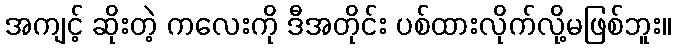
အကျင့် ဆိုးတဲ့ ကလေးကို ဒီအတိုင်း ပစ်ထားလိုက်လို့မဖြစ်ဘူး။